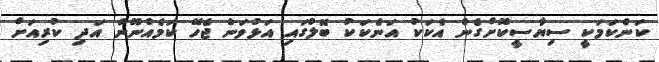
ކަންކަމަކީ ސިޔާސީކޮށްގެން އެކަކު އަނެކަކު ބޮލުގައި އަޅުވަން ޖެހޭ ކަމެއްނޫން އަދި ކުރިއަށް